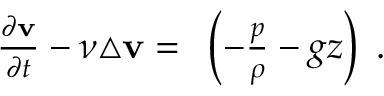
\begin{array} { r } { \frac { \partial { \bf v } } { \partial t } - \nu \triangle { \bf v } = { \bf \nabla } \left( - \frac { p } { \rho } - g z \right) \; . } \end{array}